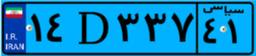
۱۴D۳۳۷۴۱